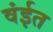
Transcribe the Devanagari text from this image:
वंईत